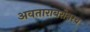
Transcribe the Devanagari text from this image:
अवताराबरोबरच